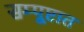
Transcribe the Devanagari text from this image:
सम्पूष्टात